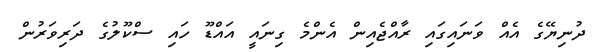
ދުނިޔޭގެ އެއް ވަނައިގައި ރާއްޖެއިން އެންމެ ގިނައީ އައްޑޫ ހައި ސްކޫލުގެ ދަރިވަރުން